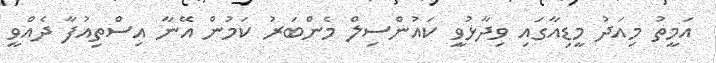
އަމީތު މިއަދު މީޑިއާގައި ވިދާޅުވީ ކައުންސިލް މެންބަރު ކަމުން އޭނާ އިސްތިއުފާ ދެއްވީ